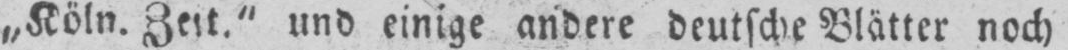
„Köln. Zeit.” und einige andere deutsche Blätter noch